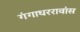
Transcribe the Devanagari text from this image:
गंगाधररावांस